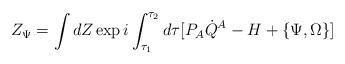
LaTeX: \begin{align*}Z_\Psi=\int dZ \exp i\int_{\tau_1}^{\tau_2}d\tau [P_A\dot Q^A-H+\{\Psi,\Omega\}]\end{align*}